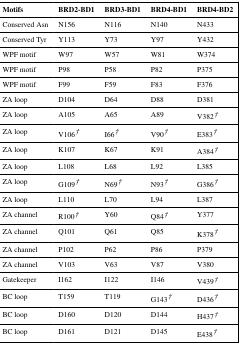
<table><thead><tr><td><b>Motifs</b></td><td><b>BRD2-BD1</b></td><td><b>BRD3-BD1</b></td><td><b>BRD4-BD1</b></td><td><b>BRD4-BD2</b></td></tr></thead><tbody><tr><td>Conserved Asn</td><td>N156</td><td>N116</td><td>N140</td><td>N433</td></tr><tr><td>Conserved Tyr</td><td>Y113</td><td>Y73</td><td>Y97</td><td>Y432</td></tr><tr><td>WPF motif</td><td>W97</td><td>W57</td><td>W81</td><td>W374</td></tr><tr><td>WPF motif</td><td>P98</td><td>P58</td><td>P82</td><td>P375</td></tr><tr><td>WPF motif</td><td>F99</td><td>F59</td><td>F83</td><td>F376</td></tr><tr><td>ZA loop</td><td>D104</td><td>D64</td><td>D88</td><td>D381</td></tr><tr><td>ZA loop</td><td>A105</td><td>A65</td><td>A89</td><td>V382†</td></tr><tr><td>ZA loop</td><td>V106†</td><td>I66†</td><td>V90†</td><td>E383†</td></tr><tr><td>ZA loop</td><td>K107</td><td>K67</td><td>K91</td><td>A384†</td></tr><tr><td>ZA loop</td><td>L108</td><td>L68</td><td>L92</td><td>L385</td></tr><tr><td>ZA loop</td><td>G109†</td><td>N69†</td><td>N93†</td><td>G386†</td></tr><tr><td>ZA loop</td><td>L110</td><td>L70</td><td>L94</td><td>L387</td></tr><tr><td>ZA channel</td><td>R100†</td><td>Y60</td><td>Q84†</td><td>Y377</td></tr><tr><td>ZA channel</td><td>Q101</td><td>Q61</td><td>Q85</td><td>K378†</td></tr><tr><td>ZA channel</td><td>P102</td><td>P62</td><td>P86</td><td>P379</td></tr><tr><td>ZA channel</td><td>V103</td><td>V63</td><td>V87</td><td>V380</td></tr><tr><td>Gatekeeper</td><td>I162</td><td>I122</td><td>I146</td><td>V439†</td></tr><tr><td>BC loop</td><td>T159</td><td>T119</td><td>G143†</td><td>D436†</td></tr><tr><td>BC loop</td><td>D160</td><td>D120</td><td>D144</td><td>H437†</td></tr><tr><td>BC loop</td><td>D161</td><td>D121</td><td>D145</td><td>E438†</td></tr></tbody></table>